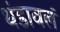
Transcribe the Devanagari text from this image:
थंडावलं